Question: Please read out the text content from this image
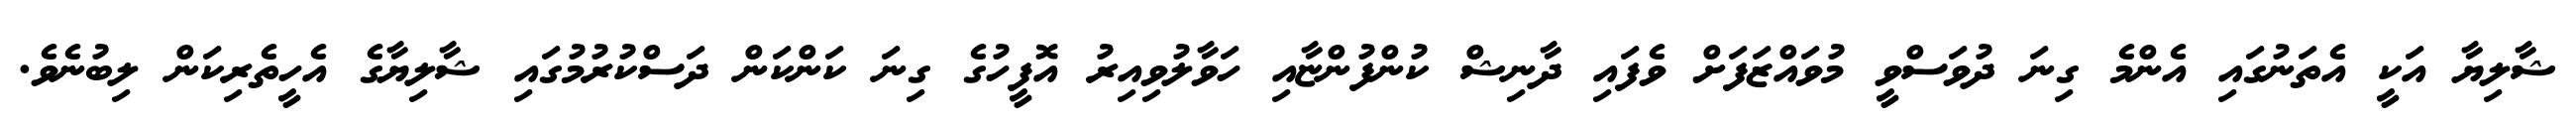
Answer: ޝާލިޔާ އަކީ އެތަނުގައި އެންމެ ގިނަ ދުވަސްވީ މުވައްޒަފަށް ވެފައި ދާނިޝް ކުންފުންޏާއި ހަވާލުވިއިރު އޮފީހުގެ ގިނަ ކަންކަން ދަސްކުރުމުގައި ޝާލިޔާގެ އެހީތެރިކަން ލިބުނެވެ.